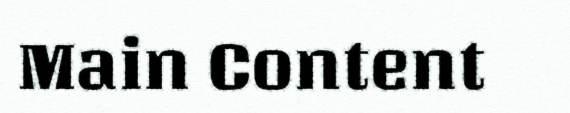
Main Content